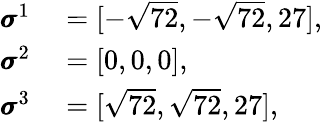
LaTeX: \begin{array}{rl}{\pmb{\sigma}^{1}}&{{}=[-\sqrt{72},-\sqrt{72},27],}\\ {\pmb{\sigma}^{2}}&{{}=[0,0,0],}\\ {\pmb{\sigma}^{3}}&{{}=[\sqrt{72},\sqrt{72},27],}\end{array}